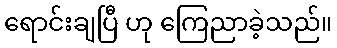
ရောင်းချပြီ ဟု ကြေညာခဲ့သည်။